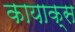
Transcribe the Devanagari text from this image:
कायाक्स